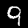
Digit: 9